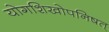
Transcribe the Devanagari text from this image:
योगशिखोपनिषत्‌